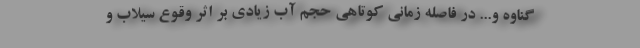
گناوه و... در فاصله زمانی کوتاهی حجم آب زیادی بر اثر وقوع سیلاب و